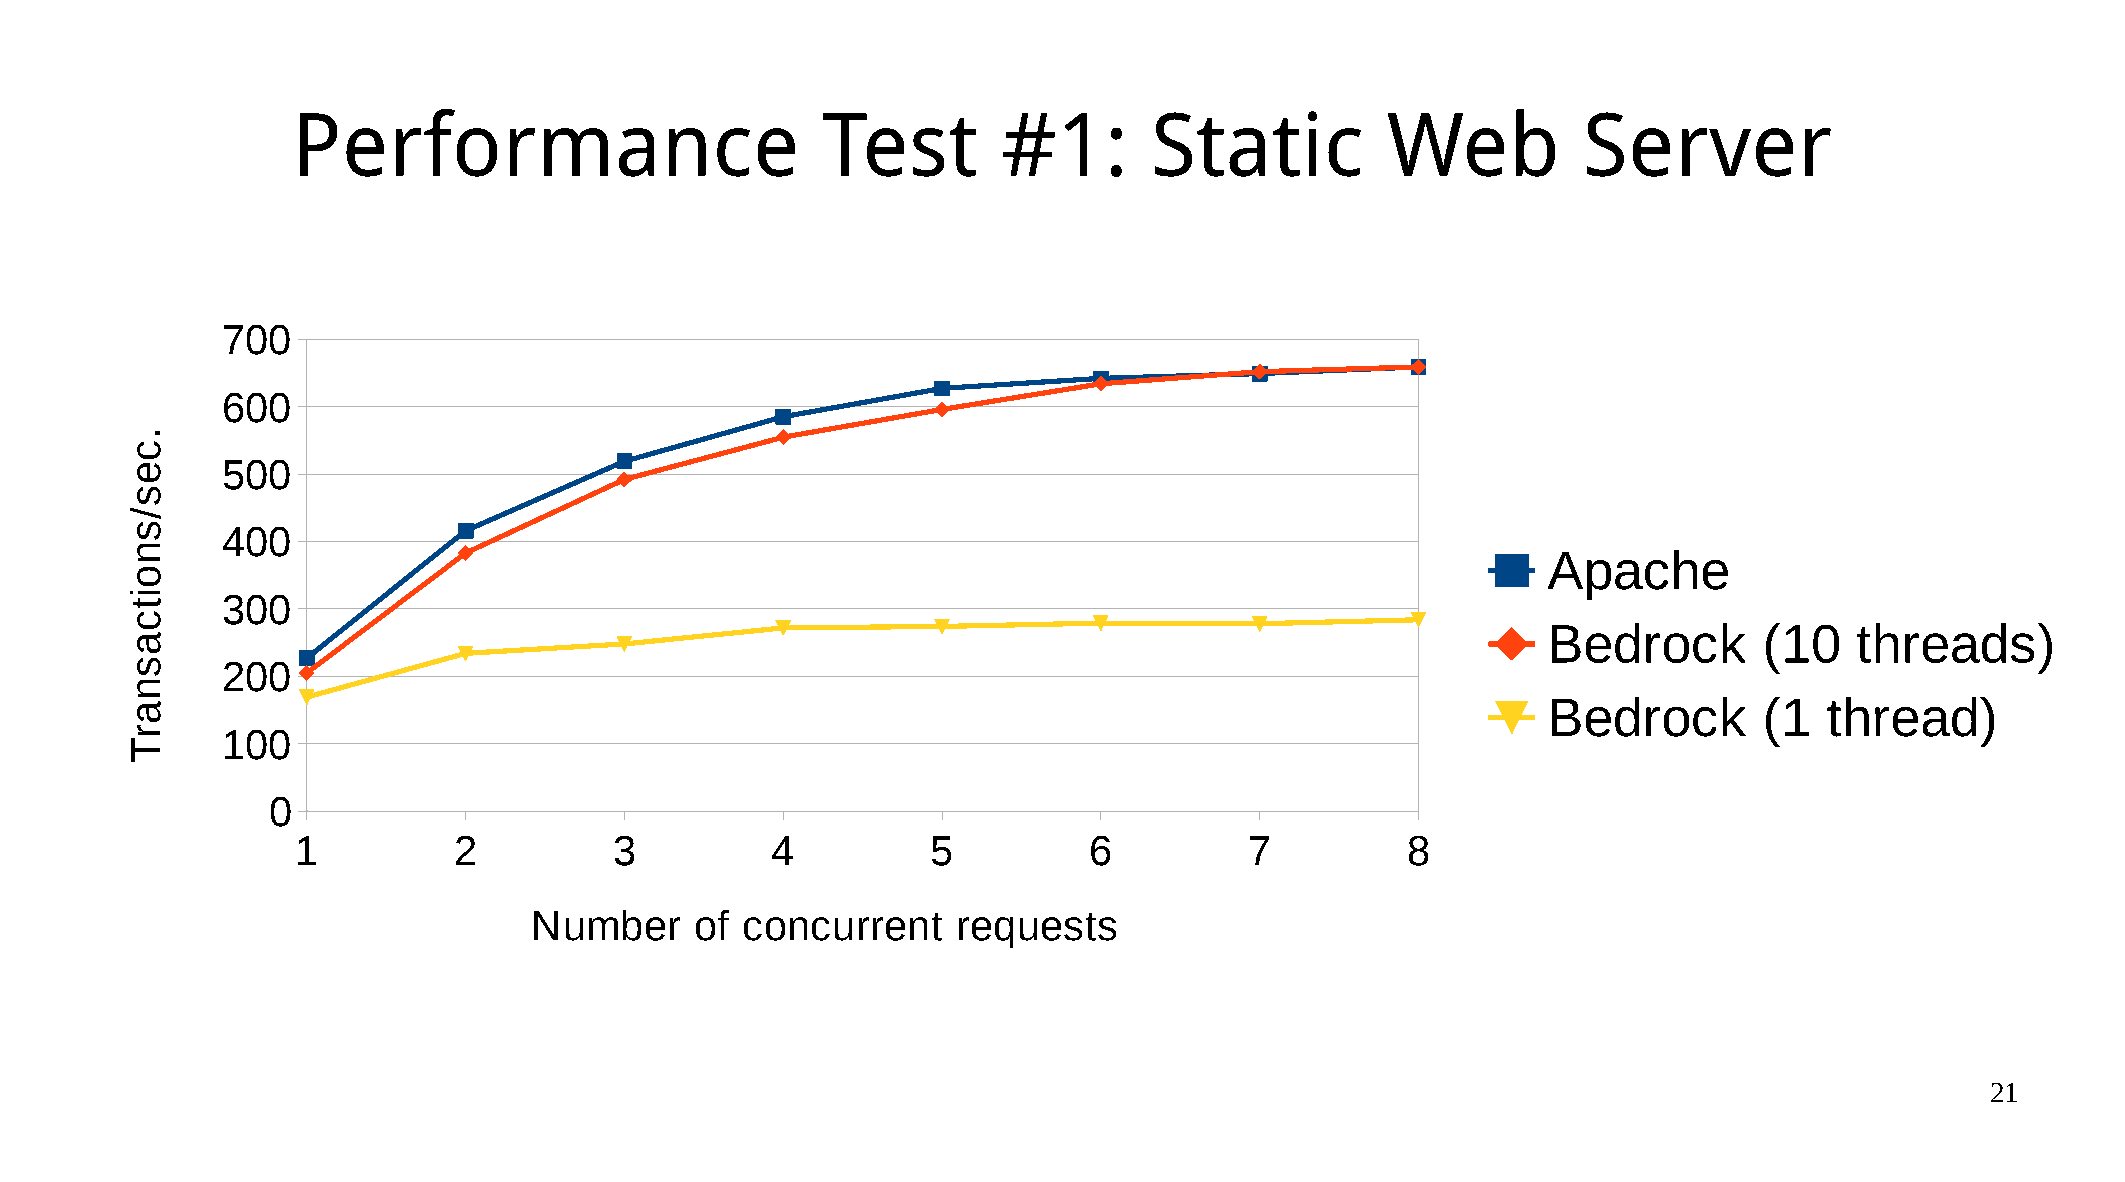
Performance                        Test        #1:       Static          Web          Server
 700
 600
 500
 400
 Apache
 300
 Bedrock        (10   threads)
 200
 Bedrock        (1  thread)
 100
 0
 1         2          3         4          5         6          7         8
 Number     of concurrent    requests
 21
 .ces/snoitcasnarT